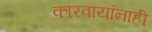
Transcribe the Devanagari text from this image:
कारवायांनाही